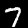
Label: 7